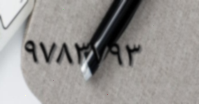
٩٧٨٣٧٩٣